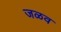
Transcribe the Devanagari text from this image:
जळव